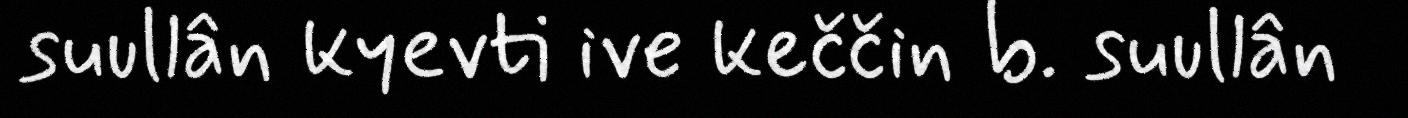
suullân kyevti ive keččin b. suullân